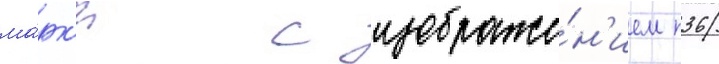
ма́рк'и с изображе́н'ием п36